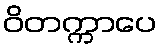
ဝိတက္ကာပေ